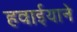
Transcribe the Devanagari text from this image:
हवाईयाने